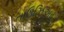
તાઉઝિઅટ